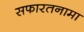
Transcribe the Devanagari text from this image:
सफारतनामा